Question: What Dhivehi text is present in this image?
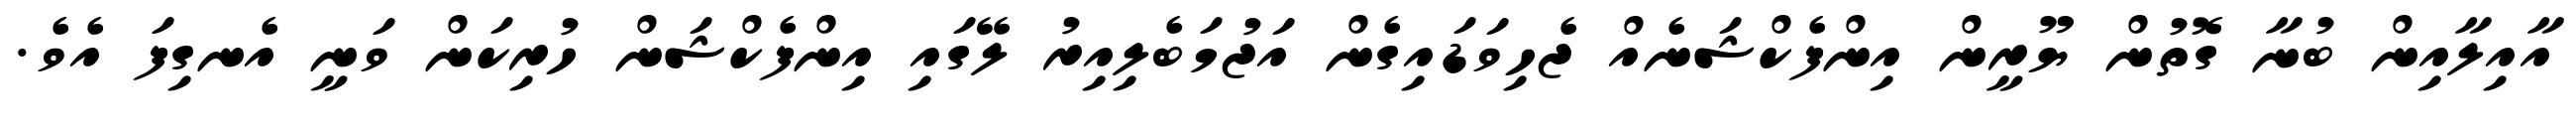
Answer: އާއިލާއިން ބުނާ ގޮތުން ޔޫރީން އިންފެކްޝަނެއް ޖެހިވަޑައިގެން އަޖުމަބެލިއިރު ލޭގައި އިންފެކްޝަން ހުރިކަން ވަނީ އެނގިފަ އެވެ.